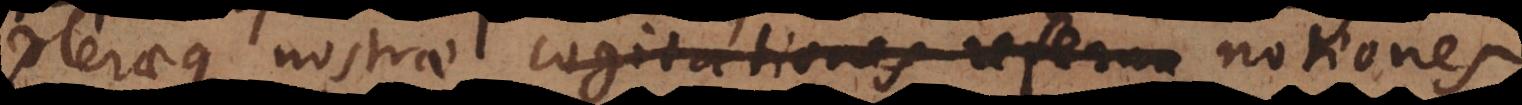
Pleraeque nostrae cogitationes referun notiones